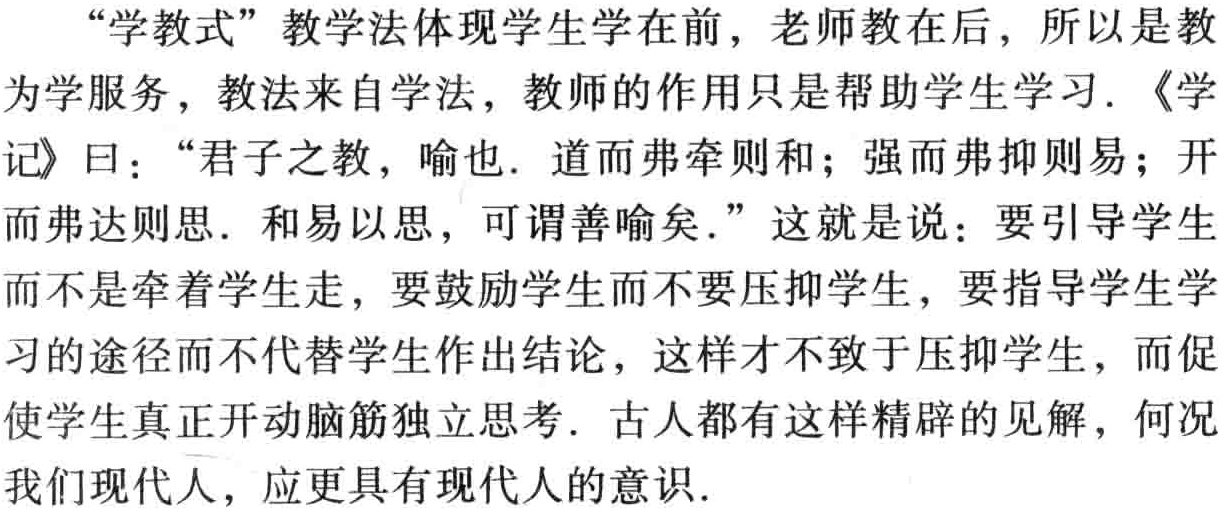
“学教式”教学法体现学生学在前，老师教在后，所以是教为学服务，教法来自学法，教师的作用只是帮助学生学习. 《学记》曰：“君子之教，喻也. 道而弗牵则和；强而弗抑则易；开而弗达则思. 和易以思，可谓善喻矣.” 这就是说：要引导学生而不是牵着学生走，要鼓励学生而不要压抑学生，要指导学生学习的途径而不代替学生作出结论，这样才不致于压抑学生，而促使学生真正开动脑筋独立思考. 古人都有这样精辟的见解，何况我们现代人，应更具有现代人的意识.